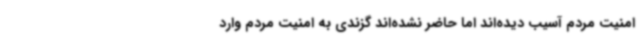
امنیت مردم آسیب دیده‌اند اما حاضر نشده‌اند گزندی به امنیت مردم وارد